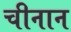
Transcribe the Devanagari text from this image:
चीनान